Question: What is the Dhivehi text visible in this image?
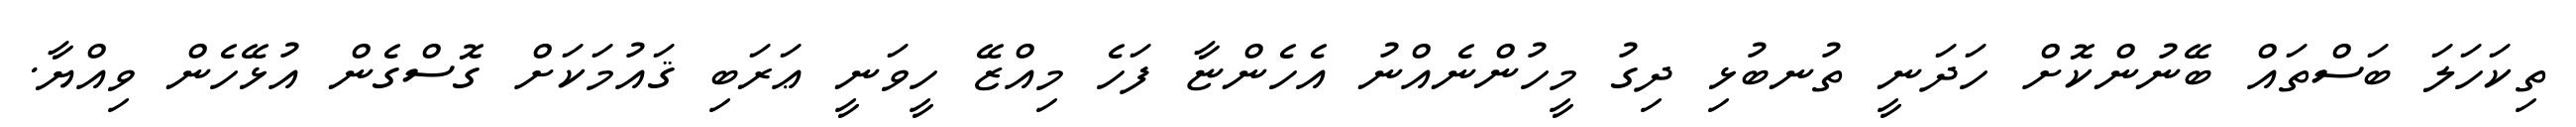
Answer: ތިކަހަލަ ބަސްތައް ބޭނުންކޮށް ހަދަނީ ތުނބުޅި ދިގު މީހުންނެއްނު އެހެންޏާ ފަހެ މިއްޒޭ ހީވަނީ ޢަރަބި ޤައުމަކަށް ގޮސްގެން އުޅޭހެން ވިއްޔާ.